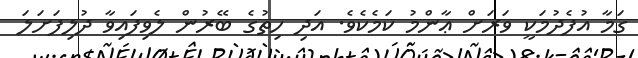
ގަމާ އުފެދުމަކީ ވަރަށް ޢާންމު ކަމެކެވެ. އަދި ހިތުގެ ބޭރުން ލެވިފައިވާ ދުލިފަށަލަ